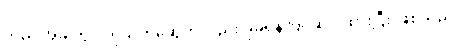
သည် အခါတွင် ကိုသက်ဆွေကလည်း ခုခံရန် ပြင်ဆင် ထားပြီး ဖြစ်သည်။